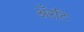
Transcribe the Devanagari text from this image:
अँरटि